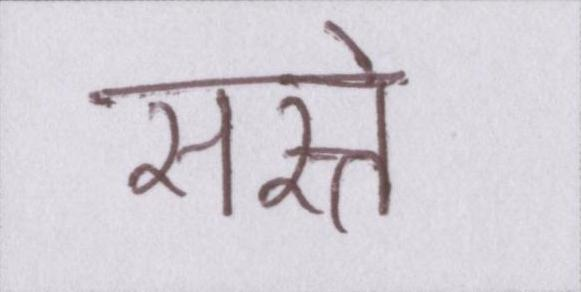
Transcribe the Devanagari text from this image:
सस्ते